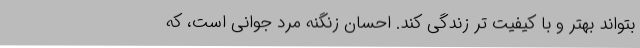
بتواند بهتر و با کیفیت تر زندگی کند. احسان زنگنه مرد جوانی است، که